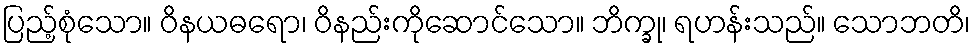
ပြည့်စုံသော။ ဝိနယဓရော၊ ဝိနည်းကိုဆောင်သော။ ဘိက္ခု၊ ရဟန်းသည်။ သောဘတိ၊